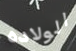
الولاده